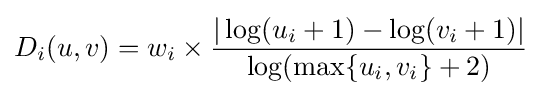
D_{i}(u,v)=w_{i}\times {\frac {|\log(u_{i}+1)-\log(v_{i}+1)|}{\log(\max\{u_{i},v_{i}\}+2)}}